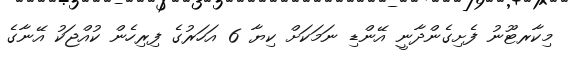
މިކާރޓޫނު ފެށިގެންދާނީ އޭންޑި ނަމަކަށް ކިޔާ 6 އަހަރުގެ ފިރިހެން ކުއްޖަކު އޭނާގެ